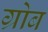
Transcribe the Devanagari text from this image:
ग्रोब